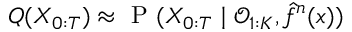
{ Q ( X _ { 0 : T } ) \approx \mathrm { ~ P ~ } ( X _ { 0 : T } \mid \mathcal { O } _ { 1 : K } , \hat { f } ^ { n } ( x ) ) }